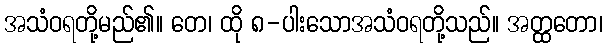
အသံဝရတို့မည်၏။ တေ၊ ထို ၈-ပါးသောအသံဝရတို့သည်။ အတ္ထတော၊